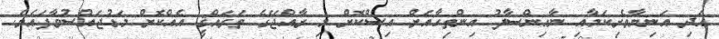
އަދި އަނިޔާވެރިކަމާއި ނާއިންސާފު އިންތިހާއަށް އިސްކޮށް މި ރާއްޖޭގެ ތަރައްޤީ އެއްކޮށް މަޑުޖައްސުވާފައެވެ.